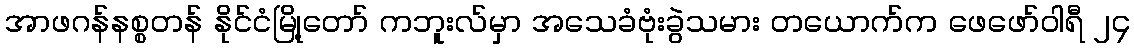
အာဖဂန်နစ္စတန် နိုင်ငံမြို့တော် ကဘူးလ်မှာ အသေခံဗုံးခွဲသမား တယောက်က ဖေဖော်ဝါရီ ၂၄